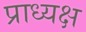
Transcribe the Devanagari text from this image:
प्राध्यक्ष